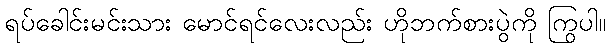
ရပ်ခေါင်းမင်းသား မောင်ရင်လေးလည်း ဟိုဘက်စားပွဲကို ကြွပါ။